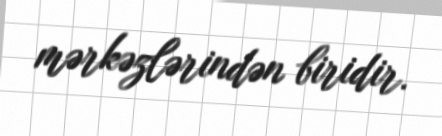
mərkəzlərindən biridir.